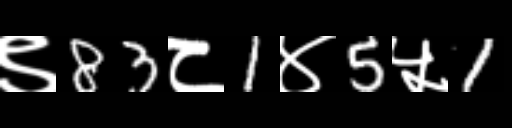
Text: ९83८1४5५1